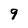
Character: 9